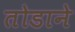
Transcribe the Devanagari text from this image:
तोडाने